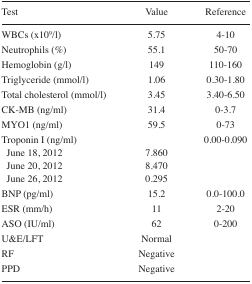
<table><thead><tr><td><b>Test</b></td><td><b>Value</b></td><td><b>Reference</b></td></tr></thead><tbody><tr><td>WBCs (x10<sup>9</sup>/l)</td><td>5.75</td><td>4–10</td></tr><tr><td>Neutrophils (%)</td><td>55.1</td><td>50–70</td></tr><tr><td>Hemoglobin (g/l)</td><td>149</td><td>110–160</td></tr><tr><td>Triglyceride (mmol/l)</td><td>1.06</td><td>0.30–1.80</td></tr><tr><td>Total cholesterol (mmol/l)</td><td>3.45</td><td>3.40–6.50</td></tr><tr><td>CK-MB (ng/ml)</td><td>31.4</td><td>0–3.7</td></tr><tr><td>MYO1 (ng/ml)</td><td>59.5</td><td>0–73</td></tr><tr><td>Troponin I (ng/ml)</td><td></td><td>0.00–0.090</td></tr><tr><td>June 18, 2012</td><td>7.860</td><td></td></tr><tr><td>June 20, 2012</td><td>8.470</td><td></td></tr><tr><td>June 26, 2012</td><td>0.295</td><td></td></tr><tr><td>BNP (pg/ml)</td><td>15.2</td><td>0.0–100.0</td></tr><tr><td>ESR (mm/h)</td><td>11</td><td>2–20</td></tr><tr><td>ASO (IU/ml)</td><td>62</td><td>0–200</td></tr><tr><td>U&amp;E/LFT</td><td>Normal</td><td></td></tr><tr><td>RF</td><td>Negative</td><td></td></tr><tr><td>PPD</td><td>Negative</td><td></td></tr></tbody></table>